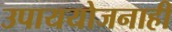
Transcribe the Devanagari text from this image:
उपाययोजनाही